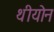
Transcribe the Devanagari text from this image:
थीयोन